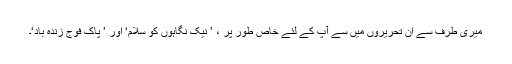
میری طرف سے ان تحریروں میں سے آپ کے لئے خاص طور پر ، ’ نیک نگاہوں کو سلام‘ اور ’ پاک فوج زندہ باد‘۔